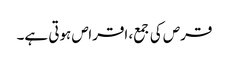
قرص کی جمع، اقراص ہوتی ہے۔